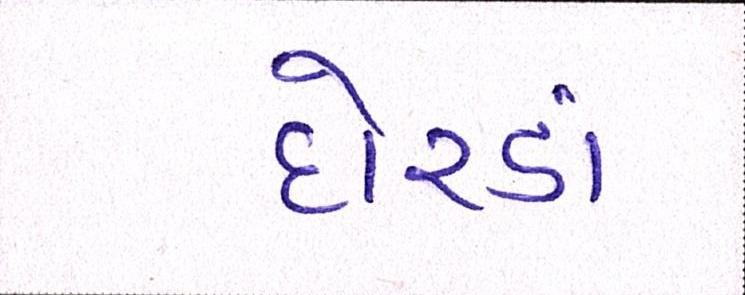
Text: દોરડાં